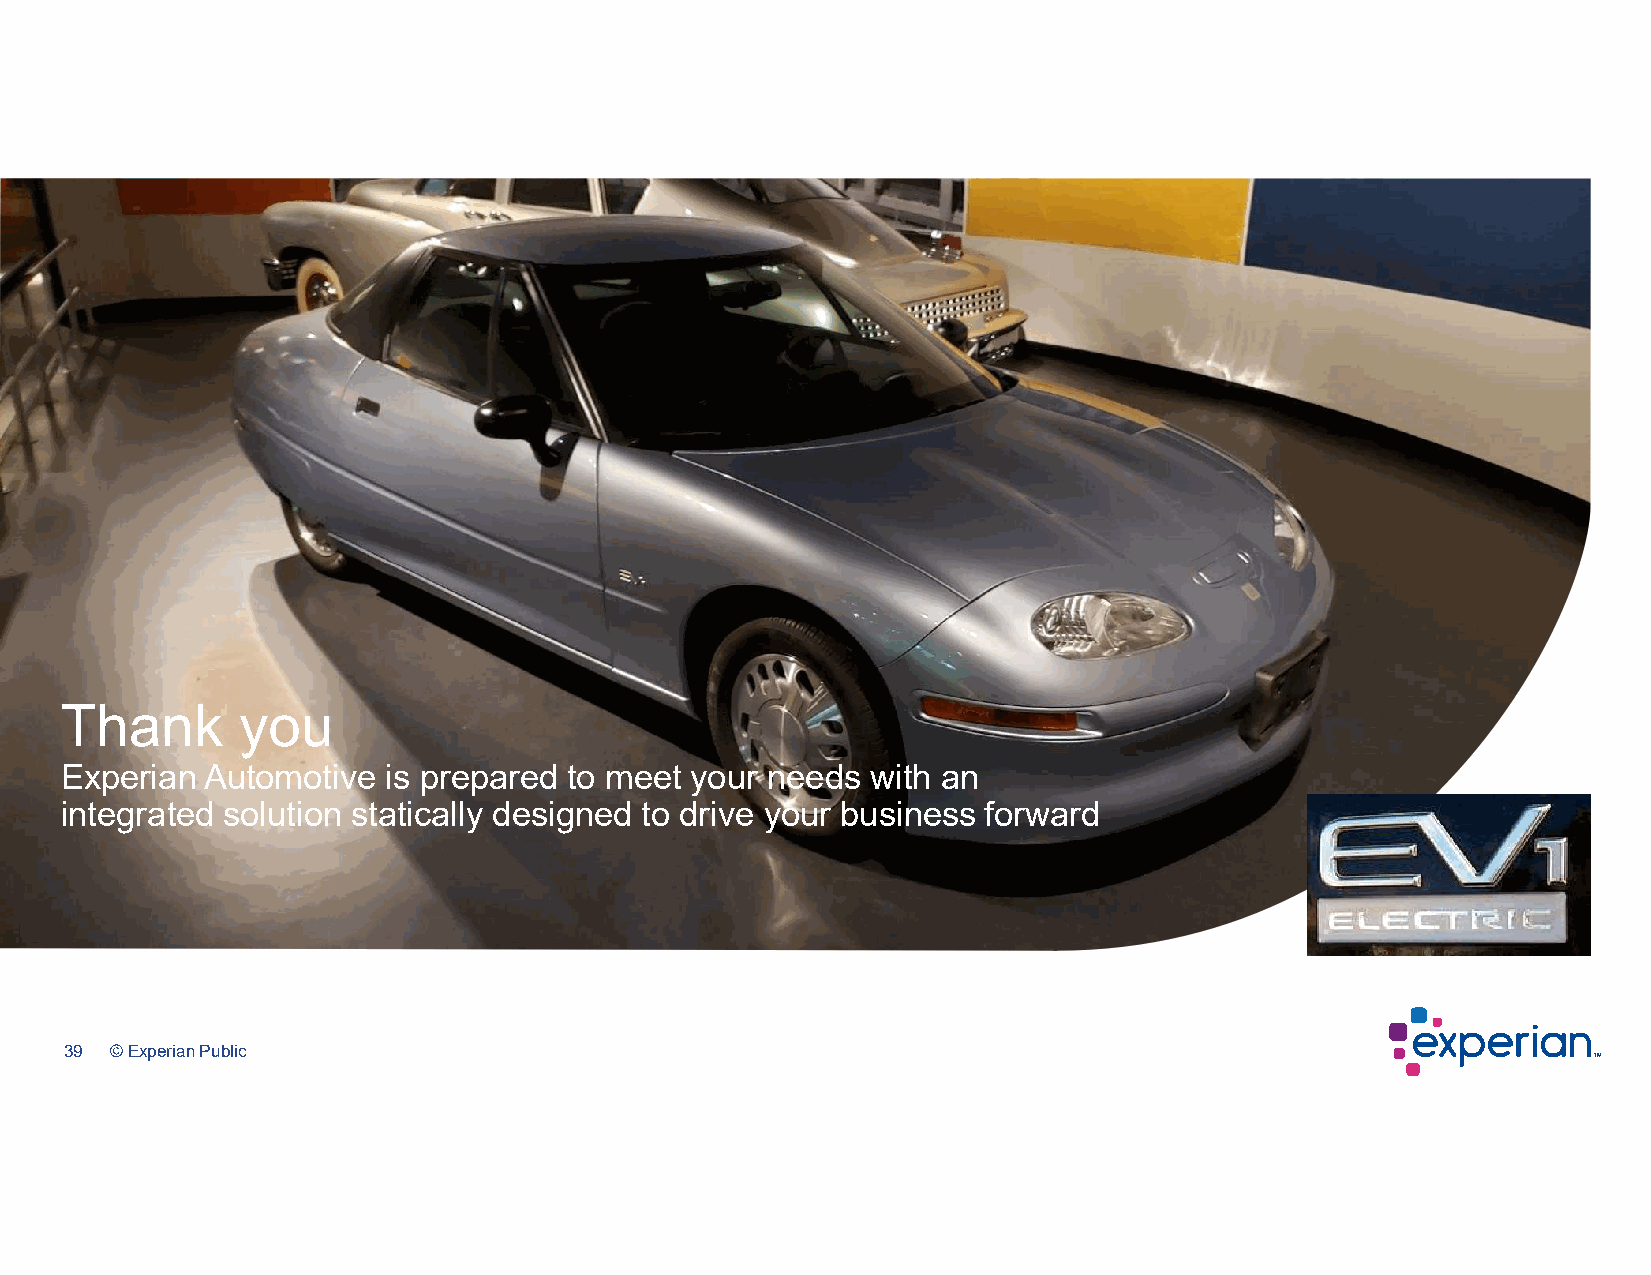
Thank       you
 Experian Automotive  is prepared  to meet your needs  with an
 integrated solution statically designed to drive your business forward
 39 © Experian Public